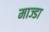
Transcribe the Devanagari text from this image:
माज्डा